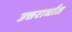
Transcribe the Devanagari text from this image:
उत्तरार्धात